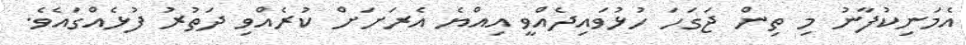
އެމަނިކުފާނު މި ތިން ޖަގަހަ ހުޅުވައިދެއްވީ އިއްޔެ އެރަށަށް ކުރެއްވި ދަތުރު ފުޅެއްގައެވެ.